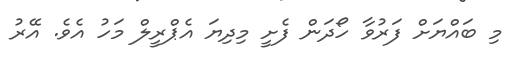
މި ބައްޔަށް ފަރުވާ ހޯދަން ފެށީ މިދިޔަ އެޕްރީލް މަހު އެވެ. އޭރު